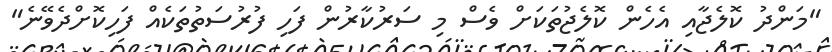
"މަންދު ކޮލެޖާއި އެހެން ކޮލެޖުތަކަށް ވެސް މި ސަރުކާރުން ފަހި ފުރުސަތުތަކެއް ފަހިކޮށްދެވޭނެ"